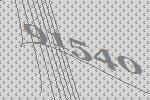
91540